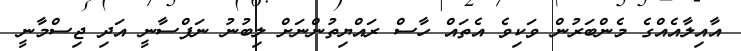
އާއިލާއެއްގެ މެންބަރުން ވަކިވެ އެތައް ހާސް ރައްޔިތުންނަށް ލިބުނު ނަފްސާނީ އަދި ޖިސްމާނީ